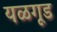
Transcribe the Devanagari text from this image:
यळगूड